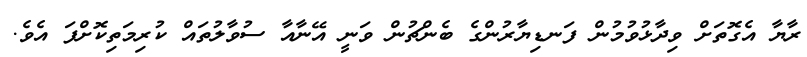
ރާޔާ އެގޮތަށް ވިދާޅުވުމުން ފަނޑިޔާރުންގެ ބެންޗުން ވަނީ އޭނާއާ ސުވާލުތައް ކުރިމަތިކޮށްފަ އެވެ.